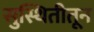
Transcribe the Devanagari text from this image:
सुस्थितीतून